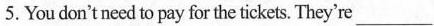
5.You don'tneed to pay for thetickets. They're ___